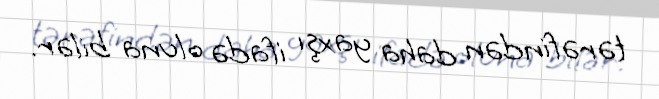
tərəfindən daha yaxşı ifadə oluna bilər.